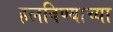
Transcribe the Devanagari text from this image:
हलविण्याच्या